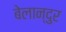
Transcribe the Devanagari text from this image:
बेलान्दुर